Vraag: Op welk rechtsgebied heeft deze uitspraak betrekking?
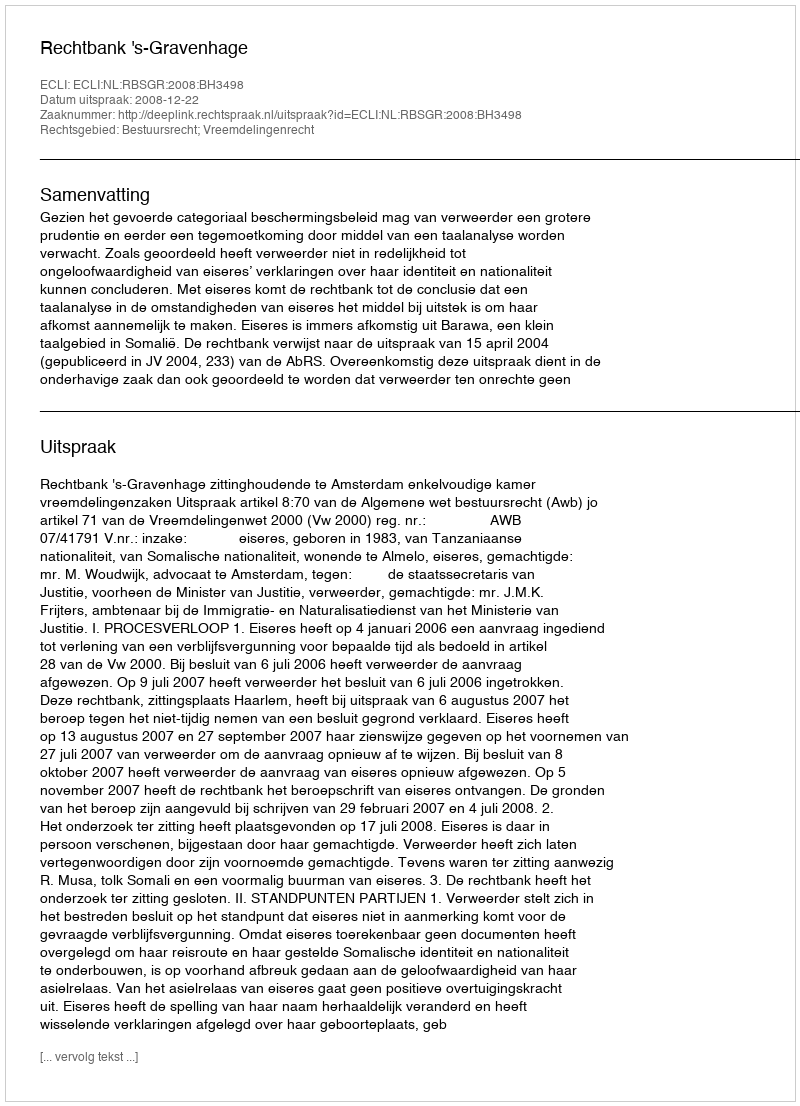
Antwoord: Bestuursrecht; Vreemdelingenrecht